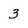
Character: 3